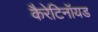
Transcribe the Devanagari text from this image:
कैरेटिनॉयड